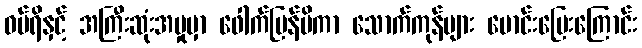
ဝမ်ရိနှင့် အကြီးဆုံးအမှုမှာ ဖေါက်ပြန်မိကာ သောက်ကုန်များ မောင်းပြေးကြောင်း